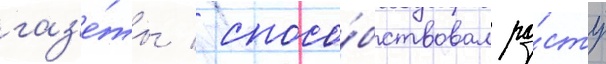
газ'е́ты / спосо́бствовал ро́сту